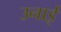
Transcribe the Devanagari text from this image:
उनाई